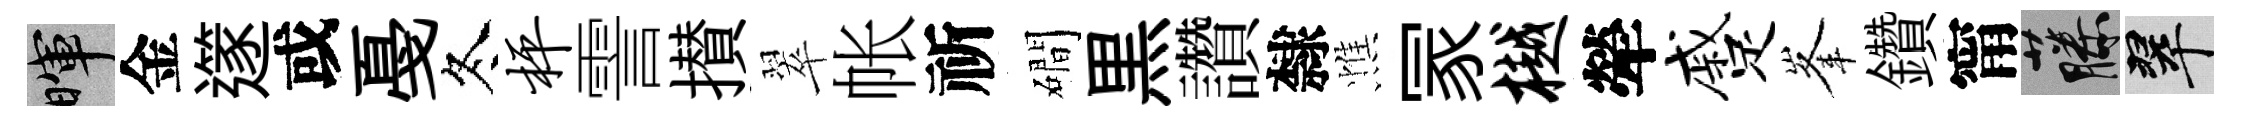
暉金𨗹或戞冬枰霅攅翠帐祈磵黒讚隸憔冡樾犖蹙峯鑽甯藤翠